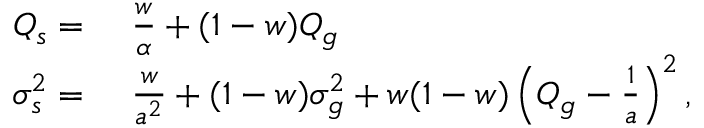
\begin{array} { r l } { Q _ { s } = } & { { } \ \frac { w } { \alpha } + ( 1 - w ) Q _ { g } } \\ { \sigma _ { s } ^ { 2 } = } & { { } \ \frac { w } { a ^ { 2 } } + ( 1 - w ) \sigma _ { g } ^ { 2 } + w ( 1 - w ) \left( Q _ { g } - \frac { 1 } { a } \right) ^ { 2 } , } \end{array}